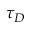
\tau _ { D }